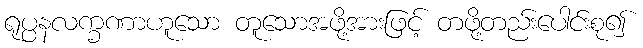
ရုပ္ပနလက္ခဏာဟူသော တူသောအဖို့အားဖြင့် တဖို့တည်းပေါင်းစု၍